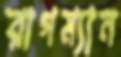
রাগম্যান